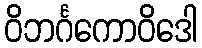
ဝိဘင်္ဂကောဝိဒေါ